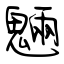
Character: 魎